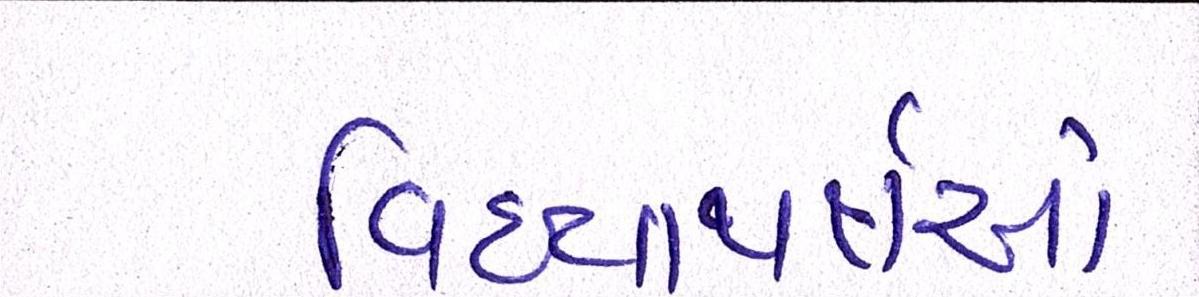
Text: વિદ્યાથર્ક્ષઓ